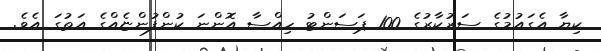
ކިޔާ އެގައުމުގެ ސަރުކާރުގެ 100 ޕަސަންޓު ހިއްސާ އޮންނަ ކުންފުންޏެއްގެ އަތުގަ އެވެ.